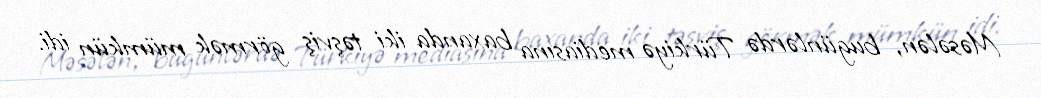
Məsələn, bugünlərdə Türkiyə mediasına baxanda iki təşviş görmək mümkün idi.